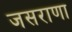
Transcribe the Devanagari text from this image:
जसराणा